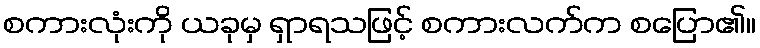
စကားလုံးကို ယခုမှ ရှာရသဖြင့် စကားလက်က စပြော၏။